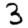
Digit: 3